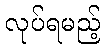
လုပ်ရမည့်